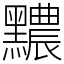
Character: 𪒬